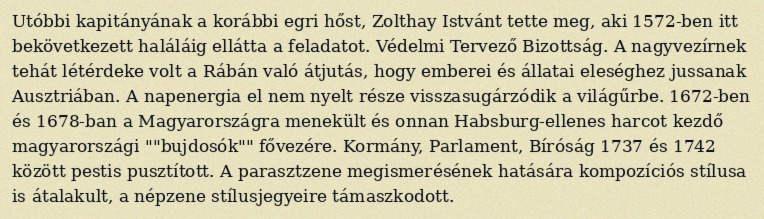
Utóbbi kapitányának a korábbi egri hőst, Zolthay Istvánt tette meg, aki 1572-ben itt bekövetkezett haláláig ellátta a feladatot. Védelmi Tervező Bizottság. A nagyvezírnek tehát létérdeke volt a Rábán való átjutás, hogy emberei és állatai eleséghez jussanak Ausztriában. A napenergia el nem nyelt része visszasugárzódik a világűrbe. 1672-ben és 1678-ban a Magyarországra menekült és onnan Habsburg-ellenes harcot kezdő magyarországi ""bujdosók"" fővezére. Kormány, Parlament, Bíróság 1737 és 1742 között pestis pusztított. A parasztzene megismerésének hatására kompozíciós stílusa is átalakult, a népzene stílusjegyeire támaszkodott.